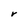
Character: V